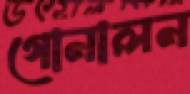
গোনালন